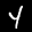
Label: 4